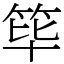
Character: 筚